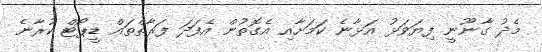
މެދު ގާނޫނީ ފިޔަވަޅު އަޅާނެ ކަމަށާއި އެގޮތުން އެފަދަ ފަރާތްތައް ޑީޕޯޓް ކުރާނެ